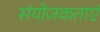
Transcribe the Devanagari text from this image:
संयोजकताएं